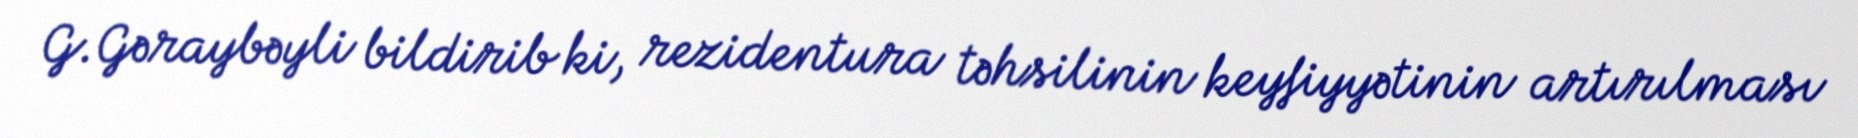
G.Gəraybəyli bildirib ki, rezidentura təhsilinin keyfiyyətinin artırılması